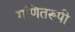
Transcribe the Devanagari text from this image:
गणितरूपी